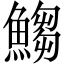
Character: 𩺥